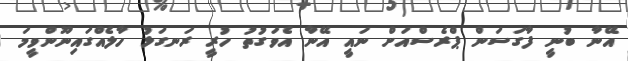
އޭނާ ބުނީ ފާގަސަން ޕްރެސްއަށް ނައީ އޭނާ އެވަގުތު ހުރީ ރަނގަޅު ހާލެއްގައިނޫންވީމަ